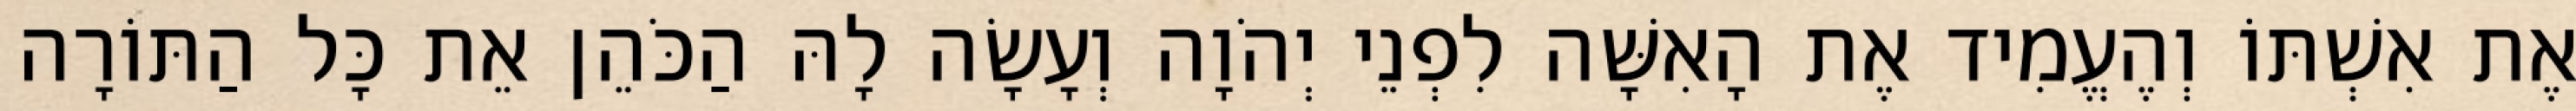
אֶת אִשְׁתּוֹ וְהֶעֱמִיד אֶת הָאִשָּׁה לִפְנֵי יְהֹוָה וְעָשָׂה לָהּ הַכֹּהֵן אֵת כָּל הַתּוֹרָה